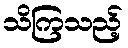
သိကြသည့်